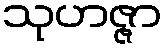
သုဟဇ္ဇာ